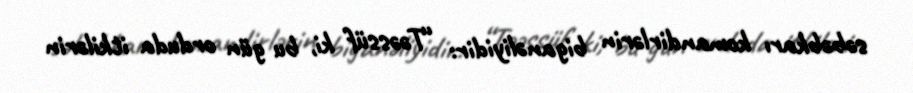
səbəbkarı komandirlərin biganəliyidir: “Təəssüf ki, bu gün orduda itkilərin